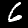
Label: 6